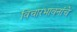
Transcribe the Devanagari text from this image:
विचारभावनांचे